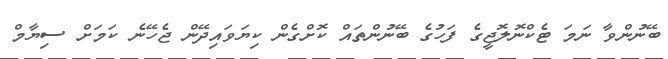
ބޭނުންވާ ނަމަ ޓެކްނޮލޮޖީގެ ފަހުގެ ބޭނުންތައް ކޮށްގެން ކިޔަވައިދޭން ޖެހޭނެ ކަމަށް ސިޔާމް